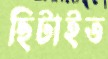
ছিটাইত